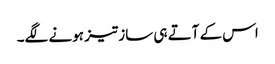
اس کے آتے ہی ساز تیز ہونے لگے۔